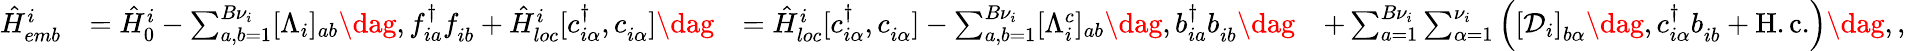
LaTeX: \begin{array}{rlrl}{\hat{H}_{emb}^{i}}&{=\hat{H}_{0}^{i}-\sum_{a,b=1}^{{B}\nu_{i}}[\Lambda_{i}]_{ab}\dag,f_{ia}^{\dagger}f_{ib}^{\phantom{\dagger}}+\hat{H}_{loc}^{i}[c_{i\alpha}^{\dagger},c_{i\alpha}^{\phantom{\dagger}}]\dag}&{=\hat{H}_{loc}^{i}[c_{i\alpha}^{\dagger},c_{i\alpha}^{\phantom{\dagger}}]-\sum_{a,b=1}^{B\nu_{i}}[\Lambda_{i}^{c}]_{ab}\dag,b_{ia}^{\dagger}b_{ib}^{\phantom{\dagger}}\dag}&{+\sum_{a=1}^{B{\nu}_{i}}\sum_{\alpha=1}^{\nu_{i}}\left(\left[\mathcal{D}_{i}\right]_{b\alpha}\dag,c_{i\alpha}^{\dagger}b_{ib}^{\phantom{\dagger}}+\mathrm{H.c.}\right)\dag,,}\end{array}